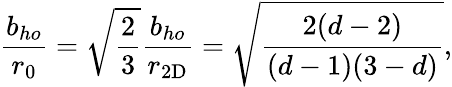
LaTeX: \frac{b_{ho}}{r_{0}}=\sqrt{\frac{2}{3}}\frac{b_{ho}}{r_{\mathrm{2D}}}=\sqrt{\frac{2(d-2)}{(d-1)(3-d)}},